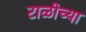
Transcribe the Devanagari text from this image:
टाळीच्या